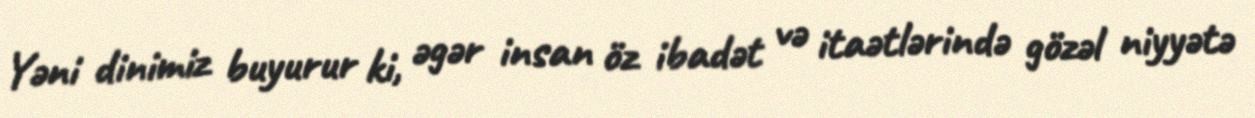
Yəni dinimiz buyurur ki, əgər insan öz ibadət və itaətlərində gözəl niyyətə